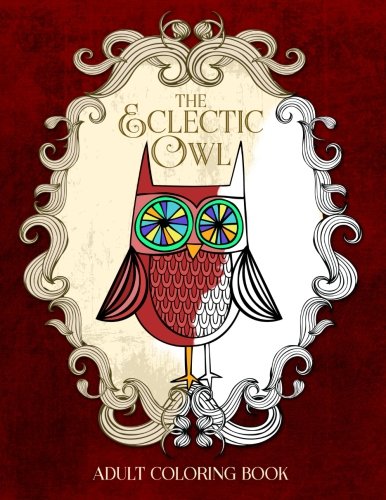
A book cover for The Eclectic Owl: An Adult Coloring Book (Eclectic Coloring Books) (Volume 1); G. T. Haddix; Humor & Entertainment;